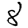
Digit: 8